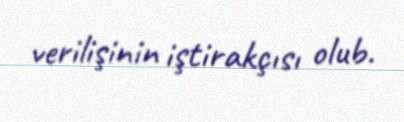
verilişinin iştirakçısı olub.